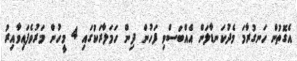
އެގޮތުން ހަނގުރާމަ މެދުކަނޑާލަން އެއްބަސްވި ފަހުން ދިން ހަމަލާރަކުގައި 4 މީހުން މަރުވެފައިވާއިރު